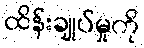
ထိန်းချုပ်မှုကို